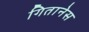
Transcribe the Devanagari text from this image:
गितानेस